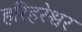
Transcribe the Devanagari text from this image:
हरिहरेश्वर